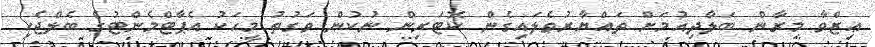
ޢިޒްވާ މިރާން ބަލާދިއުމަށް ތައްޔާރުވެލައިގެން ކޮޓަރިން ނުކުން ވަގުތު މީހަކު އެޕާޓްމެންޓުގެ ބެލްޖެހި